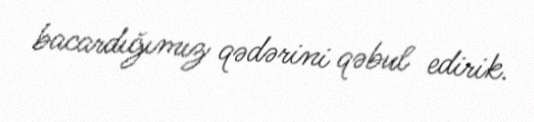
bacardığımız qədərini qəbul edirik.